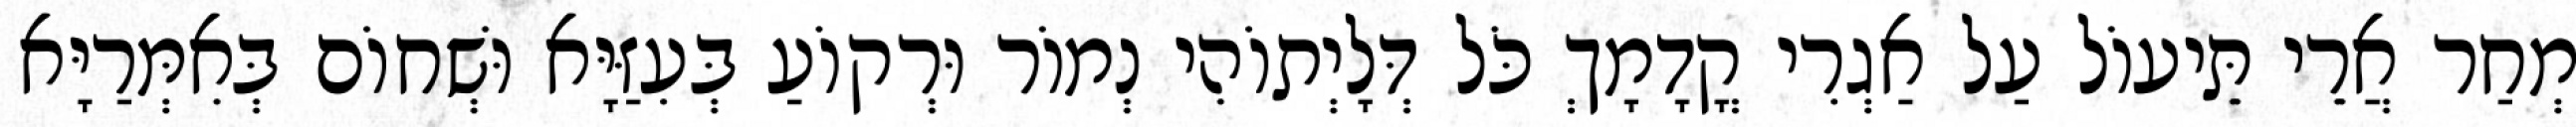
מְחַר אֲרֵי תֵּיעוֹל עַל אַגְרִי קֳדָמָךְ כֹּל דְּלָיְתוֹהִי נְמוֹר וּרְקוֹעַ בְּעִזַּיָּא וּשְׁחוֹם בְּאִמְּרַיָּא